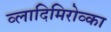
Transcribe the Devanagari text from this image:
व्लादिमिरोव्का